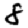
Digit: 8